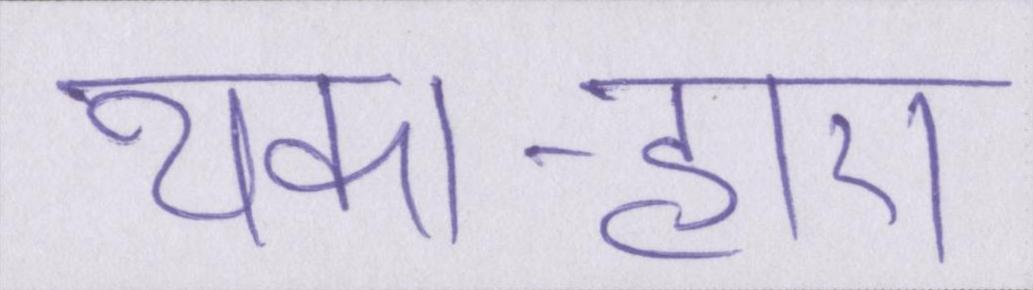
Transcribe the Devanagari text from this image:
थका-हारा